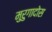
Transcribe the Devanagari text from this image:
मुरुगादोस